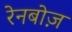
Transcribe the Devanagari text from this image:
रेनबोज़